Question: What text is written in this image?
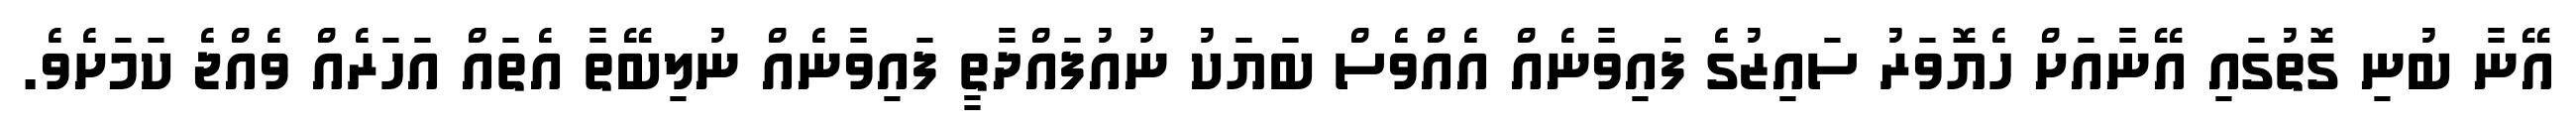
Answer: އޭނާ ބުނި ގޮތުގައި އޭނާއަށް ހެޔޮވަރު ސައިޒުގެ ފައިވާނެއް އެއްވެސް ބަޔަކު ނުއުފައްދާތީ ފައިވާނެއް ނުލިބޭތާ އެތައް އަހަރެއް ވެއްޖެ ކަމަށެވެ.